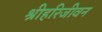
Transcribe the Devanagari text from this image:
श्रीहरिजीवन